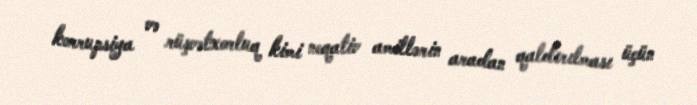
korrupsiya və rüşvətxorluq kimi neqativ amillərin aradan qaldırılması üçün